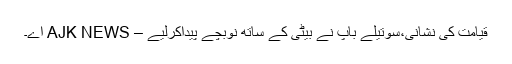
قیامت کی نشانی،سوتیلے باپ نے بیٹی کے ساتھ نوبچے پیداکرلیے – AJK NEWS اے۔